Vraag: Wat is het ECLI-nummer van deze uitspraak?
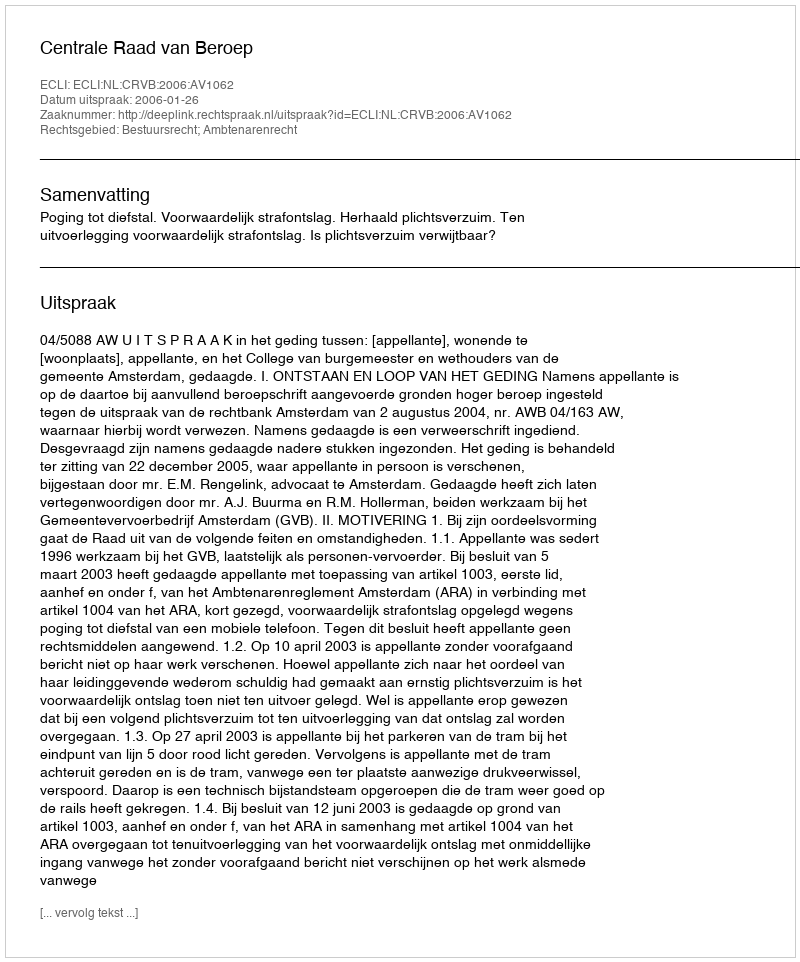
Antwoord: ECLI:NL:CRVB:2006:AV1062